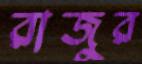
রাজুর